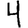
Digit: 4